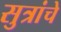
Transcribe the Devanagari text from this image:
सुत्रांचे